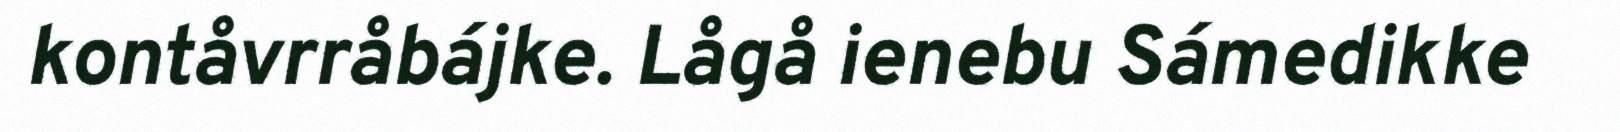
kontåvrråbájke. Lågå ienebu Sámedikke